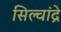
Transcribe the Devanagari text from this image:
सिल्वांद्रे